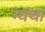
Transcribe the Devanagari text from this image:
न्यथा